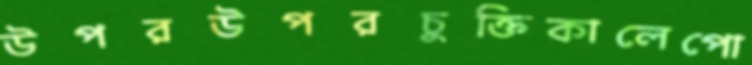
উপরউপরচুক্তিকালেপো